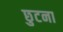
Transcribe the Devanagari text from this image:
छुटना